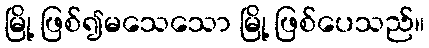
မြို့ ဖြစ်၍မသေသော မြို့ ဖြစ်ပေသည်။